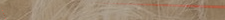
توصيل طلبك في أقل من 30 د